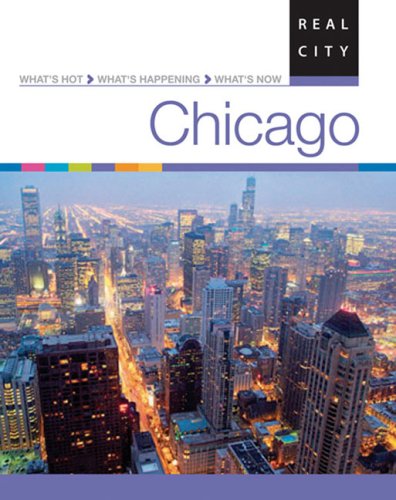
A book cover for Real City Chicago (Real City Guides); DK Publishing; Travel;